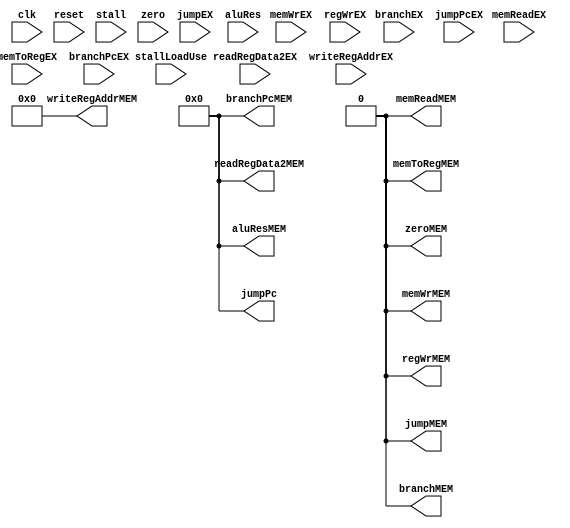
`timescale 1ns / 1ps
//////////////////////////////////////////////////////////////////////////////////
// Company: 
// Engineer: 
// 
// Design Name: 
// Module Name: EX_MEM
// Project Name: 
// Target Devices: 
// Tool Versions: 
// Description: 
// 
// Dependencies: 
// 
// Revision:
// Revision 0.01 - File Created
// Additional Comments:
// 
//////////////////////////////////////////////////////////////////////////////////


module EX_MEM(
    input clk,
    input reset,
    input stall,
    input stallLoadUse,
    input jumpEX,
    input branchEX,
    input memReadEX,
    input memToRegEX,
    input memWrEX,
    input regWrEX,
    input zero,
    input [31:0] branchPcEX,
    input [31:0] aluRes,
    input [31:0] readRegData2EX,
    input [4:0] writeRegAddrEX,
    input [31:0] jumpPcEX,
    output reg jumpMEM,
    output reg branchMEM,
    output reg memReadMEM,
    output reg memToRegMEM,
    output reg memWrMEM,
    output reg regWrMEM,
    output reg zeroMEM,
    output reg [31:0] branchPcMEM,
    output reg [31:0] aluResMEM,
    output reg [31:0] readRegData2MEM,
    output reg [4:0] writeRegAddrMEM,
    output reg [31:0] jumpPc
    );
    
    initial 
    begin
            jumpMEM<=0;
            branchMEM<=0;
            memReadMEM<=0;
            memToRegMEM<=0;
            memWrMEM<=0;
            regWrMEM<=0;
            zeroMEM<=0;
            branchPcMEM<=0;
            aluResMEM<=0;
            readRegData2MEM<=0;
            writeRegAddrMEM<=0;
            jumpPc<=0;
        end
    
    always @ (posedge clk)
    begin
        jumpMEM<=jumpEX;
        branchMEM<=branchEX;
        memReadMEM<=memReadEX;
        memToRegMEM<=memToRegEX;
        memWrMEM<=memWrEX;
        regWrMEM<=regWrEX;
        zeroMEM<=zero;
        branchPcMEM<=branchPcEX;
        aluResMEM<=aluRes;
        readRegData2MEM<=readRegData2EX;
        writeRegAddrMEM<=writeRegAddrEX;
        jumpPc<=jumpPcEX;
    end
    
    always @ (reset or stall)
    begin
        if(reset==0 || stall==1)
        begin
            jumpMEM<=0;
            branchMEM<=0;
            memReadMEM<=0;
            memToRegMEM<=0;
            memWrMEM<=0;
            regWrMEM<=0;
            zeroMEM<=0;
            branchPcMEM<=0;
            aluResMEM<=0;
            readRegData2MEM<=0;
            writeRegAddrMEM<=0;
            jumpPc<=0;
        end
    end
    
    
endmodule